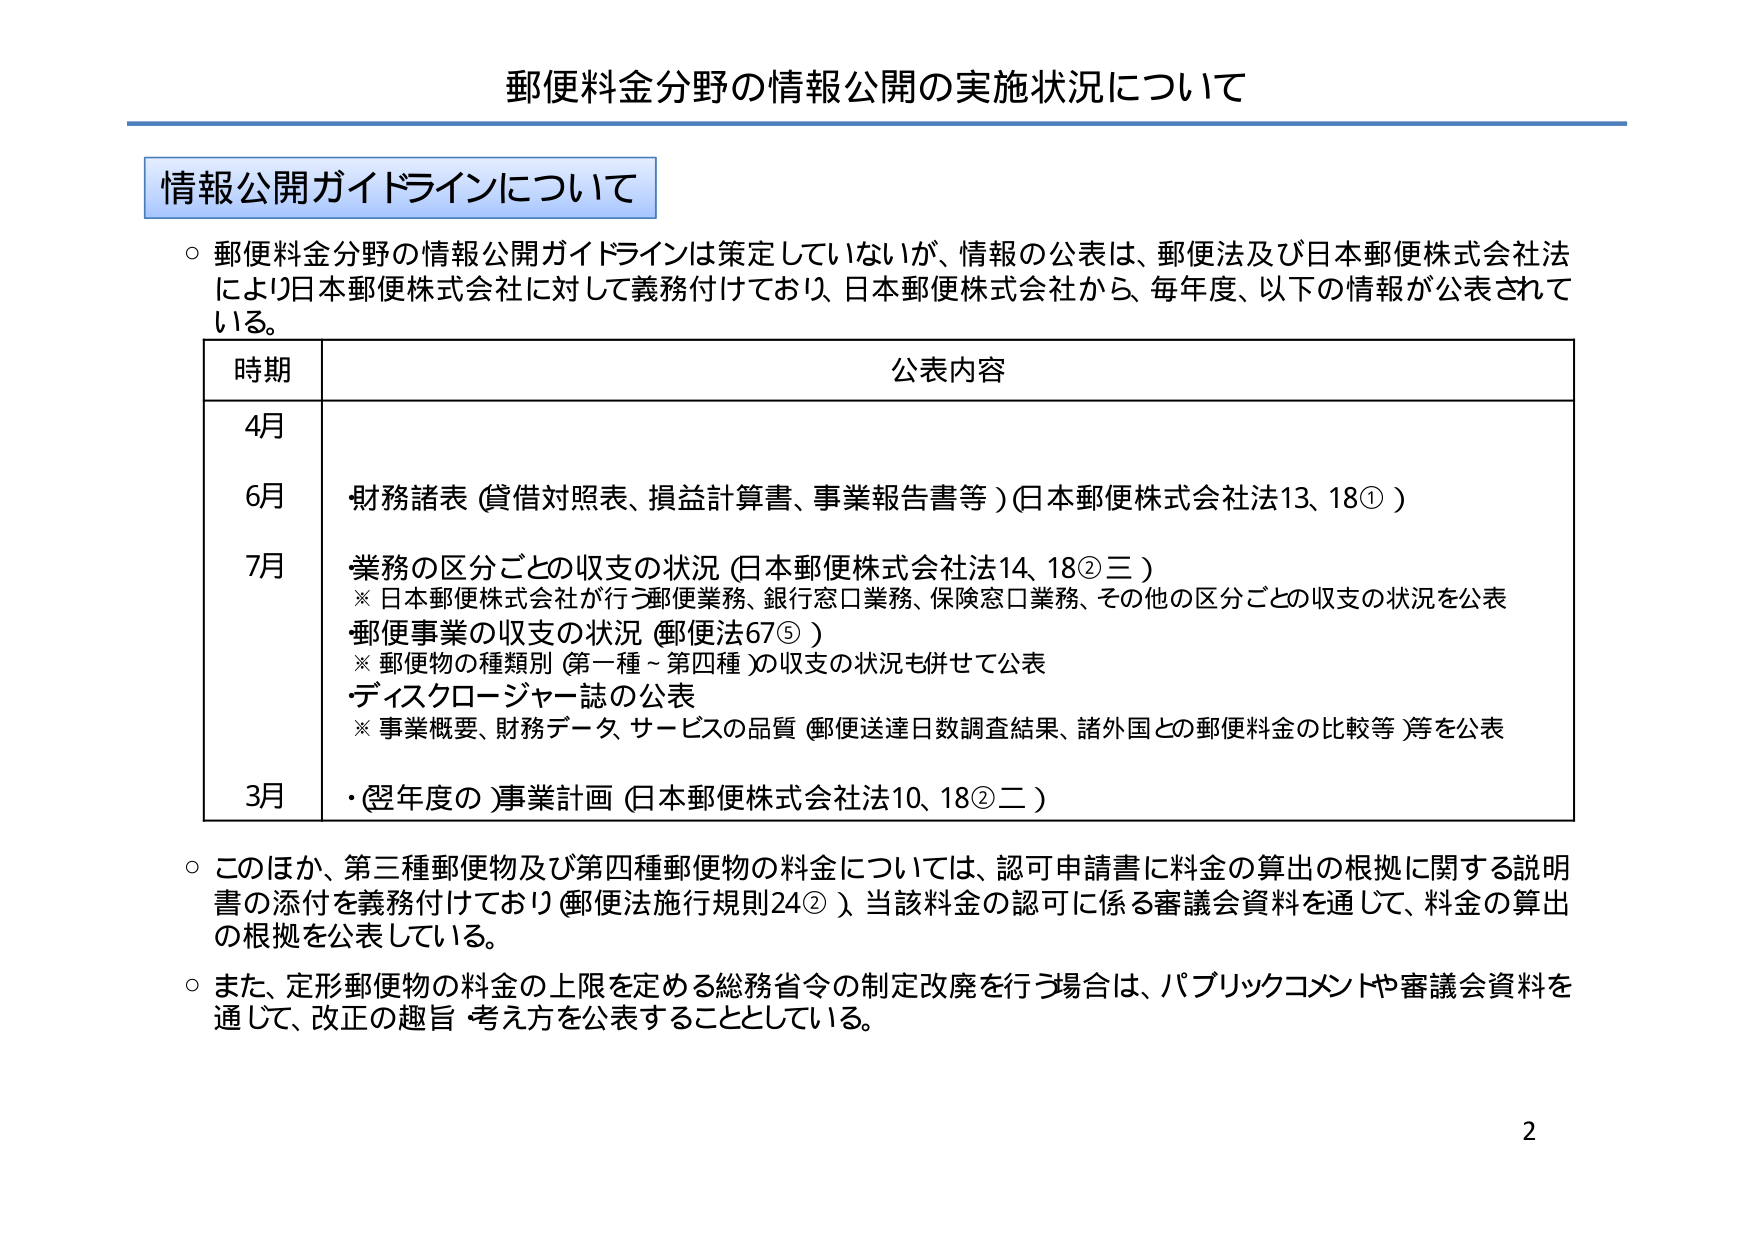
郵便料金分野の情報公開の実施状況について

情報公開ガイドラインについて

○ 郵便料金分野の情報公開ガイドラインは策定していないが、情報の公表は、郵便法及び日本郵便株式会社法により日本郵便株式会社に対して義務付けており、日本郵便株式会社から、毎年度、以下の情報が公表されている。

時期 公表内容

4月

6月
・財務諸表（貸借対照表、損益計算書、事業報告書等）（日本郵便株式会社法13、18①）

7月
・業務の区分ごとの収支の状況（日本郵便株式会社法14、18②三）
　※ 日本郵便株式会社が行う郵便業務、銀行窓口業務、保険窓口業務、その他の区分ごとの収支の状況を公表
・郵便事業の収支の状況（郵便法67⑤）
　※ 郵便物の種類別（第一種～第四種）の収支の状況も併せて公表
・ディスクロージャー誌の公表
　※ 事業概要、財務データ、サービスの品質（郵便送達日数調査結果、諸外国との郵便料金の比較等）等を公表

3月
・（翌年度の）事業計画（日本郵便株式会社法10、18②二）

○ このほか、第三種郵便物及び第四種郵便物の料金については、認可申請書に料金の算出の根拠に関する説明書の添付を義務付けており（郵便法施行規則24②）、当該料金の認可に係る審議会資料を通じて、料金の算出の根拠を公表している。

○ また、定形郵便物の料金の上限を定める総務省令の制定改廃を行う場合は、パブリックコメントや審議会資料を通じて、改正の趣旨・考え方を公表することとしている。

2